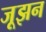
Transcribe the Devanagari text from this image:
जूझन